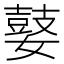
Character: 𰌘